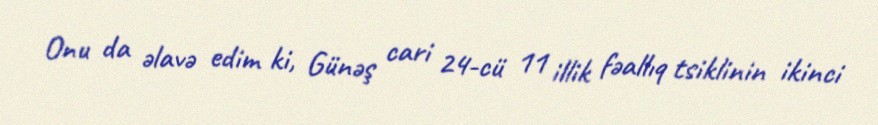
Onu da əlavə edim ki, Günəş cari 24-cü 11 illik fəallıq tsiklinin ikinci